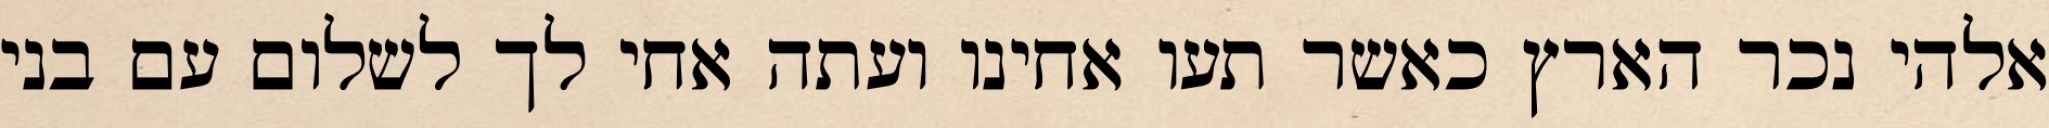
אלהי נכר הארץ כאשר תעו אחינו ועתה אחי לך לשלום עם בני